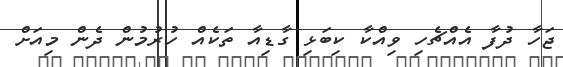
ޖަހާ ދުފާ އެއްޗެހި ވިއްކާ ކިބަޅި ގާޑިއާ ތަކެއް ހުރުމުން ދެެން މިއަށް